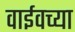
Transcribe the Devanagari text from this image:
वाईवच्या